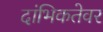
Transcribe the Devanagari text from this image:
दांभिकतेवर